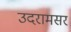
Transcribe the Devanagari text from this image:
उदरामसर